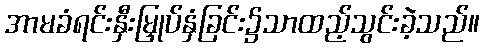
အာမခံရင်းနှီးမြှုပ်နှံခြင်း၌သာထည့်သွင်းခဲ့သည်။